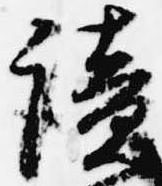
読